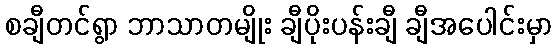
စချီတင်ရွာ ဘာသာတမျိုး ချီပိုးပန်းချီ ချီအပေါင်းမှာ